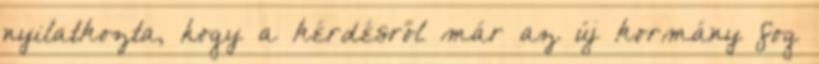
nyilatkozta, hogy a kérdésről már az új kormány fog